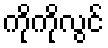
ကိုကိုလွင်